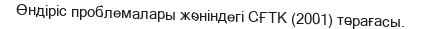
Өндіріс проблемалары жөніндегі СҒТК (2001) төрағасы.